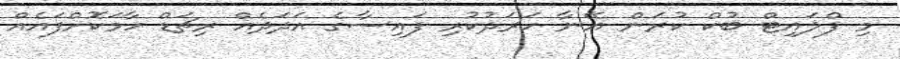
މި ފްލައިޓް ބުކް ކުރަން އޭނާ ހަރަދުކުރި ފައިސާގެ އަދަދެއް ރިޗަޑް ހާމަކޮށްފައެއް